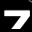
Digit: 7